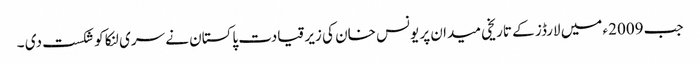
جب 2009ء میں لارڈز کے تاریخی میدان پر یونس خان کی زیر قیادت پاکستان نے سری لنکا کو شکست دی ۔